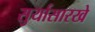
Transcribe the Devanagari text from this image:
सुर्यासारखे